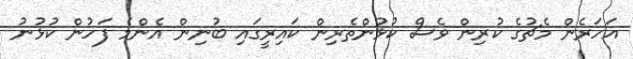
އަހަރެން މެޗުގެ ކުރިން ވެސް ކުޅުންތެރިން ކައިރީގައި ބުނިން އެންމެ ފަހުން ކުޅުނު